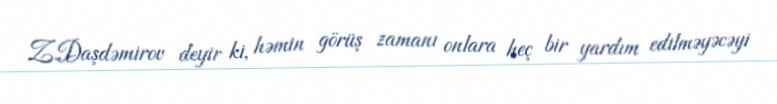
Z.Daşdəmirov deyir ki, həmin görüş zamanı onlara heç bir yardım edilməyəcəyi